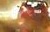
સલાઈ